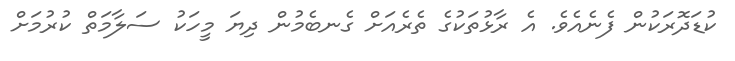
ކުޑަދޮރަކުން ފެނެއެވެ. އެ ރާޅުތަކުގެ ތެރެއަށް ގެނބެމުން ދިޔަ މީހަކު ސަލާމަތް ކުރުމަށް